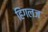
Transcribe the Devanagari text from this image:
हिंगलज